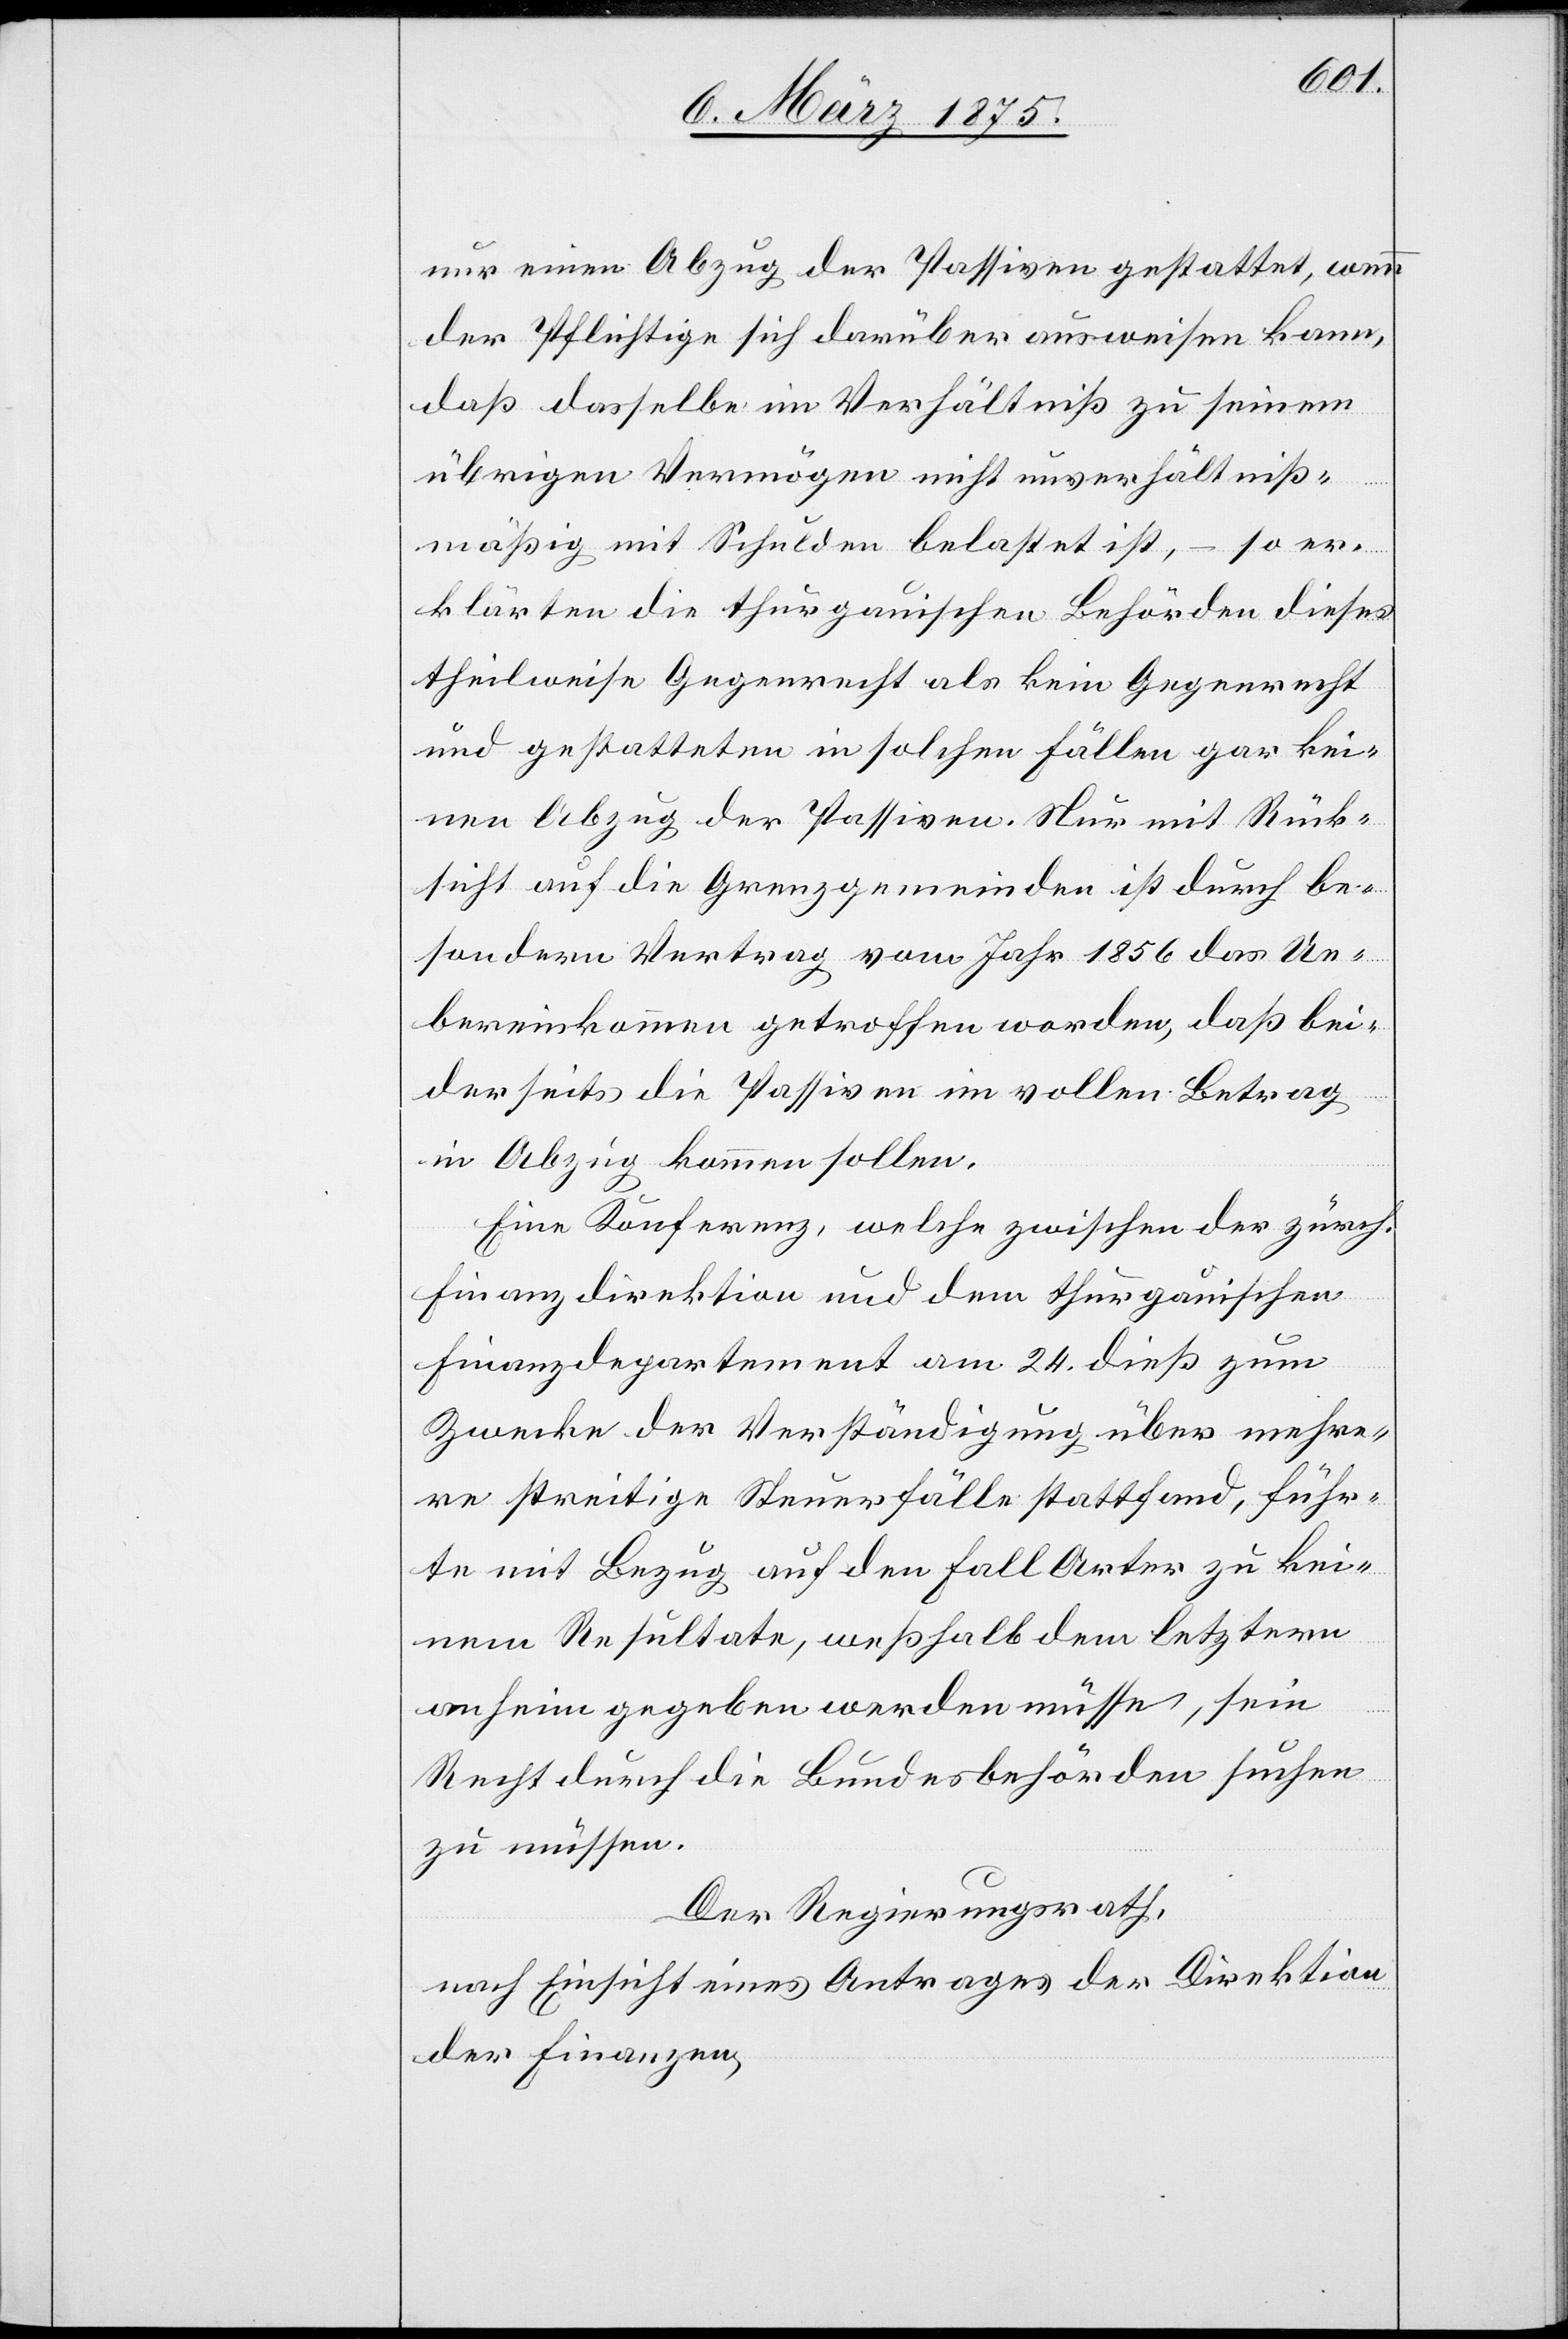
nur einen Abzug der Passiven gestattet, wenn
der Pflichtige sich darüber ausweisen kann,
daß derselbe im Verhältniß zu seinem
übrigen Vermögen nicht unverhältniß¬
mäßig mit Schulden belastet ist, – so er¬
klärten die thurgauischen Behörden dieses
theilweise Gegenrecht als kein Gegenrecht
und gestatteten in solchen Fällen gar kei¬
nen Abzug der Passiven. Nur mit Rück¬
sicht auf die Grenzgemeinden ist durch be¬
sondern Antrag vom Jahr 1856 das Ue¬
bereinkommen getroffen worden, daß bei¬
derseits die Passiven im vollen Betrag
in Abzug kommen sollen.
Eine Konferenz, welche zwischen der zürch.
Finanzdirektion und dem thurgauischen
Finanzdepartement am 24. dieß zum
Zwecke der Verständigung über mehre¬
re streitige Steuerfälle stattfand, führ¬
te mit Bezug auf den Fall Arte zu kei¬
nem Resultate, weßhalb dem letzteren
anheim gegeben werden müssen, sein
Recht durch die Bundesbehörden suchen
zu müssen.
Der Regierungsrath,
nach Einsicht eines Antrages der Direktion
der Finanzen